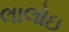
લાલોઇ